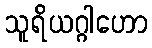
သူရိယဂ္ဂါဟော